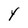
Character: Y